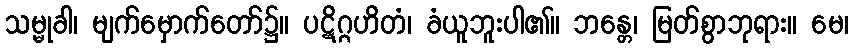
သမ္မုခါ၊ မျက်မှောက်တော်၌။ ပဋိဂ္ဂဟိတံ၊ ခံယူဘူးပါ၏။ ဘန္တေ၊ မြတ်စွာဘုရား။ မေ၊